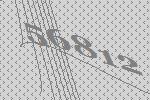
56812